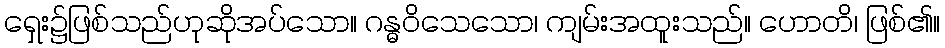
ရှေး၌ဖြစ်သည်ဟုဆိုအပ်သော။ ဂန္ဓဝိသေသော၊ ကျမ်းအထူးသည်။ ဟောတိ၊ ဖြစ်၏။